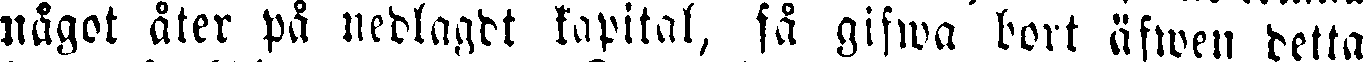
nägot åter på nedlagdt kapital, få gifwa bort äfwen detta